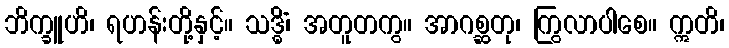
ဘိက္ခူဟိ၊ ရဟန်းတို့နှင့်။ သဒ္ဓိံ၊ အတူတကွ။ အာဂစ္ဆတု၊ ကြွလာပါစေ။ ဣတိ၊